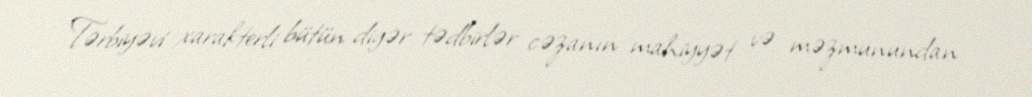
Tərbiyəvi xarakterli bütün digər tədbirlər cəzanın mahiyyət və məzmunundan